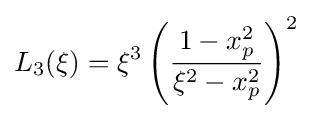
L_{3}(\xi )=\xi ^{3}\left({\frac {1-x_{p}^{2}}{\xi ^{2}-x_{p}^{2}}}\right)^{2}